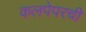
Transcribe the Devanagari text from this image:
कलपेपरची